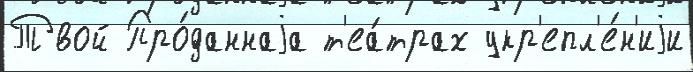
Твой Про́даннаjа т'еа́трах укр'епл'е́н'иjи